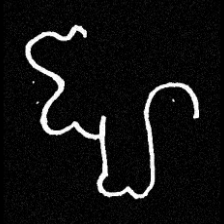
Pyu character \u2014 Myanmar letter: ဈ (romanized: jha)